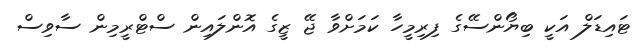
ޓައިޑަލް އަކީ ބިޔޯންސޭގެ ފިރިމީހާ ކަމަށްވާ ޖޭ ޒީގެ އޮންލައިން ސްޓްރީމިން ސާވިސް